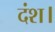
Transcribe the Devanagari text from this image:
दंश।